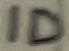
Text: ID